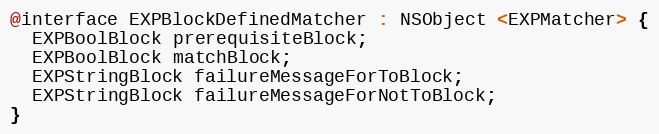
Language: C
@interface EXPBlockDefinedMatcher : NSObject <EXPMatcher> {
  EXPBoolBlock prerequisiteBlock;
  EXPBoolBlock matchBlock;
  EXPStringBlock failureMessageForToBlock;
  EXPStringBlock failureMessageForNotToBlock;
}